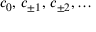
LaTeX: c _ { 0 } , \, c _ { \pm 1 } , \, c _ { \pm 2 } , \ldots